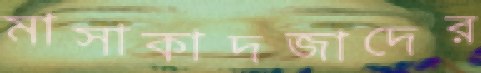
মাসাকাদজাদের